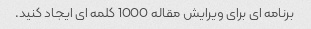
برنامه ای برای ویرایش مقاله 1000 کلمه ای ایجاد کنید.